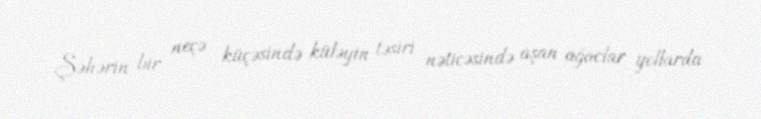
Şəhərin bir neçə küçəsində küləyin təsiri nəticəsində aşan ağaclar yollarda